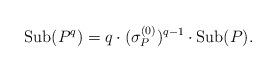
LaTeX: \begin{align*}\mathrm{Sub}(P^{q})=q\cdot(\sigma_{P}^{(0)})^{q-1}\cdot\mathrm{Sub}(P).\end{align*}